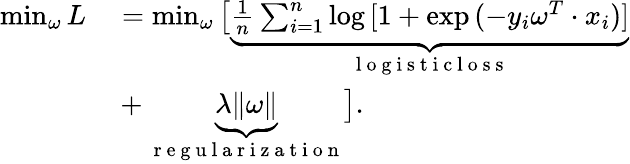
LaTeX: \begin{array}{rl}{\operatorname*{min}_{\mathbf{\omega}}{L}}&{{}=\operatorname*{min}_{\mathbf{\omega}}\big[\underbrace{\frac{1}{n}\sum_{i=1}^{n}\log{[1+\exp{(-y_{i}\mathbf{\omega}^{T}\cdot x_{i})}]}}_{\mathrm{~l~o~g~i~s~t~i~c~l~o~s~s~}}}\\ {\quad}&{{}+\underbrace{\lambda\| \mathbf{\omega}\| }_{\mathrm{~r~e~g~u~l~a~r~i~z~a~t~i~o~n~}}\big].}\end{array}